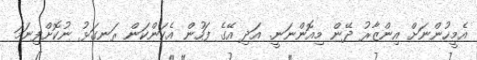
އެމީހުންނަށް އިންޒާރު ދޭން މިއޮންނަނީ. އަދި އޭގެ ފަހުން އެކަންކަން ރަނގަޅު ނުކޮށްފިނަމަ